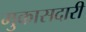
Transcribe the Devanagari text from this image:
मुकासदारी